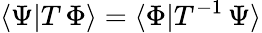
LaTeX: \langle\Psi|T\, \Phi\rangle=\langle\Phi|T^{-1}\, \Psi\rangle